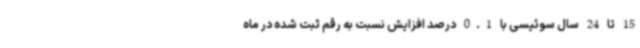
15 تا 24 سال سوئیسی با 0.1 درصد افزایش نسبت به رقم ثبت شده در ماه